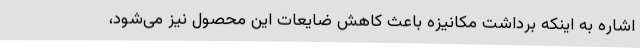
اشاره به اینکه برداشت مکانیزه باعث کاهش ضایعات این محصول نیز می‌شود،